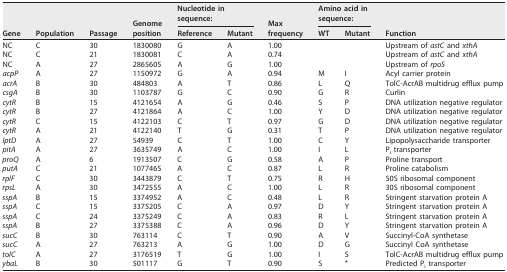
<table><thead><tr><td rowspan="2"><b>Gene</b></td><td rowspan="2"><b>Population</b></td><td rowspan="2"><b>Passage</b></td><td rowspan="2"><b>Genome position</b></td><td colspan="2"><b>Nucleotide in sequence:</b></td><td rowspan="2"><b>Max frequency</b></td><td colspan="2"><b>Amino acid in sequence:</b></td><td rowspan="2"><b>Function</b></td></tr><tr><td><b>Reference</b></td><td><b>Mutant</b></td><td><b>WT</b></td><td><b>Mutant</b></td></tr></thead><tbody><tr><td>NC</td><td>C</td><td>30</td><td>1830080</td><td>G</td><td>A</td><td>1.00</td><td></td><td></td><td>Upstream of <i>astC</i> and <i>xthA</i></td></tr><tr><td>NC</td><td>C</td><td>21</td><td>1830081</td><td>C</td><td>A</td><td>0.74</td><td></td><td></td><td>Upstream of <i>astC</i> and <i>xthA</i></td></tr><tr><td>NC</td><td>A</td><td>27</td><td>2865605</td><td>A</td><td>G</td><td>1.00</td><td></td><td></td><td>Upstream of <i>rpoS</i></td></tr><tr><td><i>acpP</i></td><td>A</td><td>27</td><td>1150972</td><td>G</td><td>A</td><td>0.94</td><td>M</td><td>I</td><td>Acyl carrier protein</td></tr><tr><td><i>acrA</i></td><td>B</td><td>30</td><td>484803</td><td>A</td><td>T</td><td>0.86</td><td>L</td><td>Q</td><td>TolC-AcrAB multidrug efflux pump</td></tr><tr><td><i>csgA</i></td><td>B</td><td>30</td><td>1103787</td><td>G</td><td>C</td><td>0.90</td><td>G</td><td>R</td><td>Curlin</td></tr><tr><td><i>cytR</i></td><td>B</td><td>15</td><td>4121654</td><td>A</td><td>G</td><td>0.46</td><td>S</td><td>P</td><td>DNA utilization negative regulator</td></tr><tr><td><i>cytR</i></td><td>B</td><td>27</td><td>4121864</td><td>A</td><td>C</td><td>1.00</td><td>Y</td><td>D</td><td>DNA utilization negative regulator</td></tr><tr><td><i>cytR</i></td><td>C</td><td>15</td><td>4122103</td><td>C</td><td>T</td><td>0.97</td><td>G</td><td>D</td><td>DNA utilization negative regulator</td></tr><tr><td><i>cytR</i></td><td>A</td><td>21</td><td>4122140</td><td>T</td><td>G</td><td>0.31</td><td>T</td><td>P</td><td>DNA utilization negative regulator</td></tr><tr><td><i>lptD</i></td><td>A</td><td>27</td><td>54939</td><td>C</td><td>T</td><td>1.00</td><td>C</td><td>Y</td><td>Lipopolysaccharide transporter</td></tr><tr><td><i>pitA</i></td><td>A</td><td>27</td><td>3635749</td><td>A</td><td>C</td><td>1.00</td><td>I</td><td>L</td><td>P<sub>i</sub> transporter</td></tr><tr><td><i>proQ</i></td><td>A</td><td>6</td><td>1913507</td><td>C</td><td>G</td><td>0.58</td><td>A</td><td>P</td><td>Proline transport</td></tr><tr><td><i>putA</i></td><td>C</td><td>21</td><td>1077465</td><td>A</td><td>C</td><td>0.87</td><td>L</td><td>R</td><td>Proline catabolism</td></tr><tr><td><i>rplF</i></td><td>C</td><td>30</td><td>3443879</td><td>C</td><td>T</td><td>0.75</td><td>R</td><td>H</td><td>50S ribosomal component</td></tr><tr><td><i>rpsL</i></td><td>A</td><td>30</td><td>3472555</td><td>A</td><td>C</td><td>1.00</td><td>L</td><td>R</td><td>30S ribosomal component</td></tr><tr><td><i>sspA</i></td><td>B</td><td>15</td><td>3374952</td><td>A</td><td>C</td><td>0.48</td><td>L</td><td>R</td><td>Stringent starvation protein A</td></tr><tr><td><i>sspA</i></td><td>C</td><td>15</td><td>3375205</td><td>C</td><td>A</td><td>0.97</td><td>D</td><td>Y</td><td>Stringent starvation protein A</td></tr><tr><td><i>sspA</i></td><td>C</td><td>24</td><td>3375249</td><td>C</td><td>A</td><td>0.83</td><td>R</td><td>L</td><td>Stringent starvation protein A</td></tr><tr><td><i>sspA</i></td><td>B</td><td>27</td><td>3375388</td><td>C</td><td>A</td><td>0.96</td><td>D</td><td>Y</td><td>Stringent starvation protein A</td></tr><tr><td><i>sucC</i></td><td>B</td><td>30</td><td>763114</td><td>C</td><td>T</td><td>0.90</td><td>A</td><td>V</td><td>Succinyl-CoA synthetase</td></tr><tr><td><i>sucC</i></td><td>A</td><td>27</td><td>763213</td><td>A</td><td>G</td><td>1.00</td><td>D</td><td>G</td><td>Succinyl CoA synthetase</td></tr><tr><td><i>tolC</i></td><td>A</td><td>27</td><td>3176519</td><td>T</td><td>G</td><td>1.00</td><td>I</td><td>S</td><td>TolC-AcrAB multidrug efflux pump</td></tr><tr><td><i>ybaL</i></td><td>B</td><td>30</td><td>501117</td><td>G</td><td>T</td><td>0.90</td><td>S</td><td>*</td><td>Predicted P<sub>i</sub> transporter</td></tr></tbody></table>